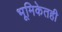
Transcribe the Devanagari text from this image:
भूमिकेतही